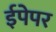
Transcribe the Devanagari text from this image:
ईपेपर